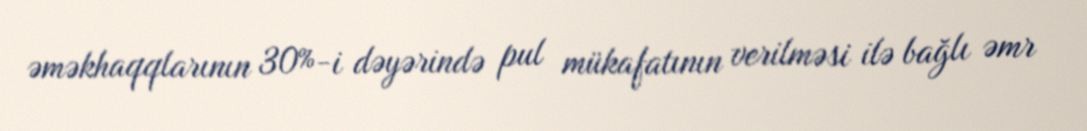
əməkhaqqlarının 30%-i dəyərində pul mükafatının verilməsi ilə bağlı əmr